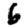
Digit: 6